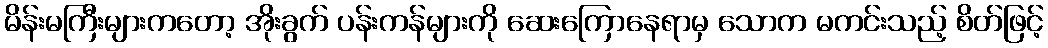
မိန်းမကြီးများကတော့ အိုးခွက် ပန်းကန်များကို ဆေးကြောနေရာမှ သောက မကင်းသည့် စိတ်ဖြင့်